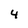
Character: 4